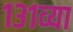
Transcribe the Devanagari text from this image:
१३१व्या